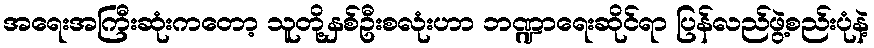
အရေးအကြီးဆုံးကတော့ သူတို့နှစ်ဦးစလုံးဟာ ဘဏ္ဍာရေးဆိုင်ရာ ပြန်လည်ဖွဲ့စည်းပုံနဲ့